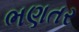
ભણતર